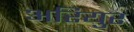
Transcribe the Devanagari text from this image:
अरियुर